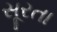
સૂરતા